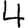
Digit: 4